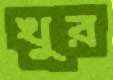
খুর